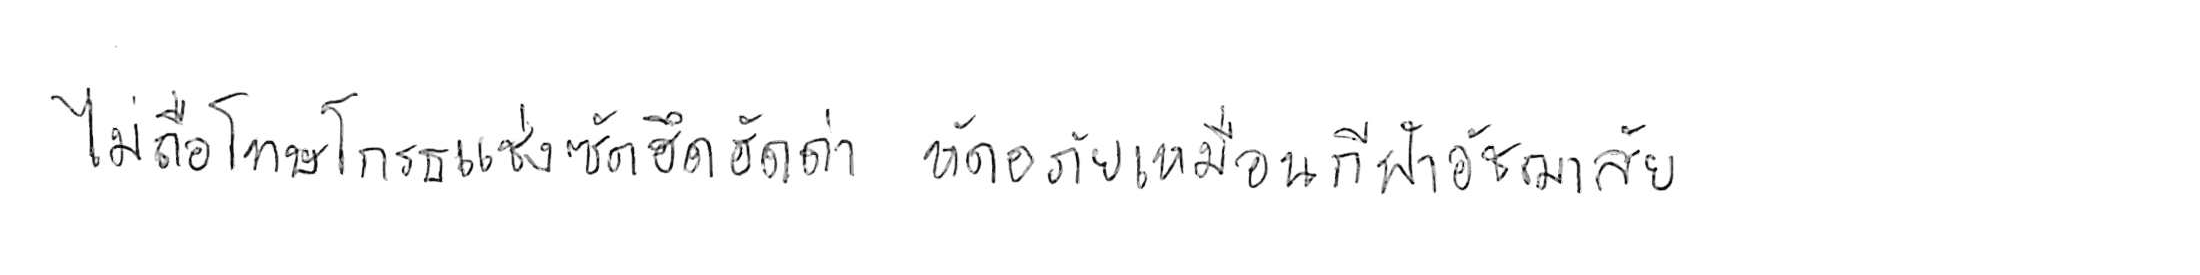
ไม่ถือโทษโกรธแช่งซัดฮึดฮัดด่า หัดอภัยเหมือนกีฬาอัชฌาสัย